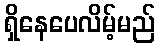
ရှိနေပေလိမ့်မည်